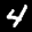
Label: 4